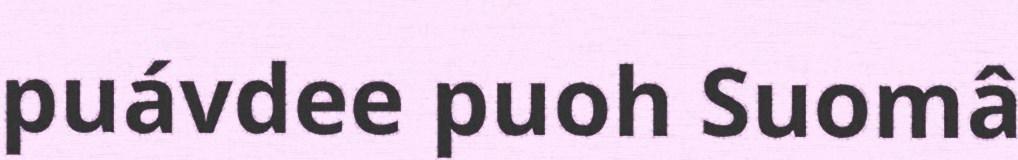
puávdee puoh Suomâ